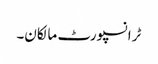
ٹرانسپورٹ مالکان۔